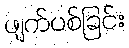
ဖျက်ပစ်ခြင်း